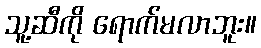
သူ့ဆီကို ရောက်မလာဘူး။